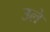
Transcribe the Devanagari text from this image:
उले